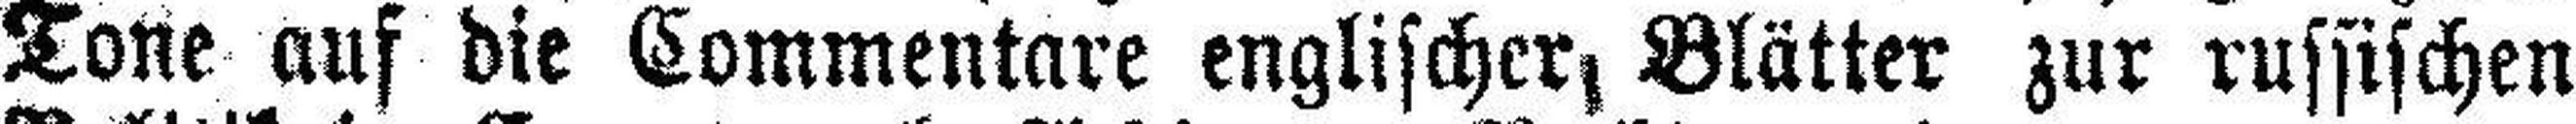
Tone auf die Commentare englischer, Blätter zur russischen